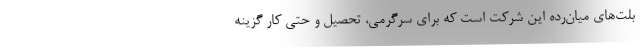
بلت‌های میان‌رده این شرکت است که برای سرگرمی، تحصیل و حتی کار گزینه